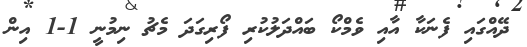
ދޭއްގައި ފެނަކާ އާއި ވެމްކޯ ބައްދަލުކުރި ފޯރިގަދަ މެޗު ނިމުނީ 1-1 އިން